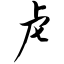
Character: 虍